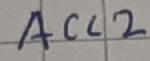
Text: ACC2